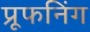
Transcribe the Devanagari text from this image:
प्रूफनिंग